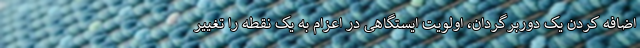
اضافه کردن یک دوربرگردان، اولویت ایستگاهی در اعزام به یک نقطه را تغییر